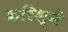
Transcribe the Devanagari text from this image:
करिश्में